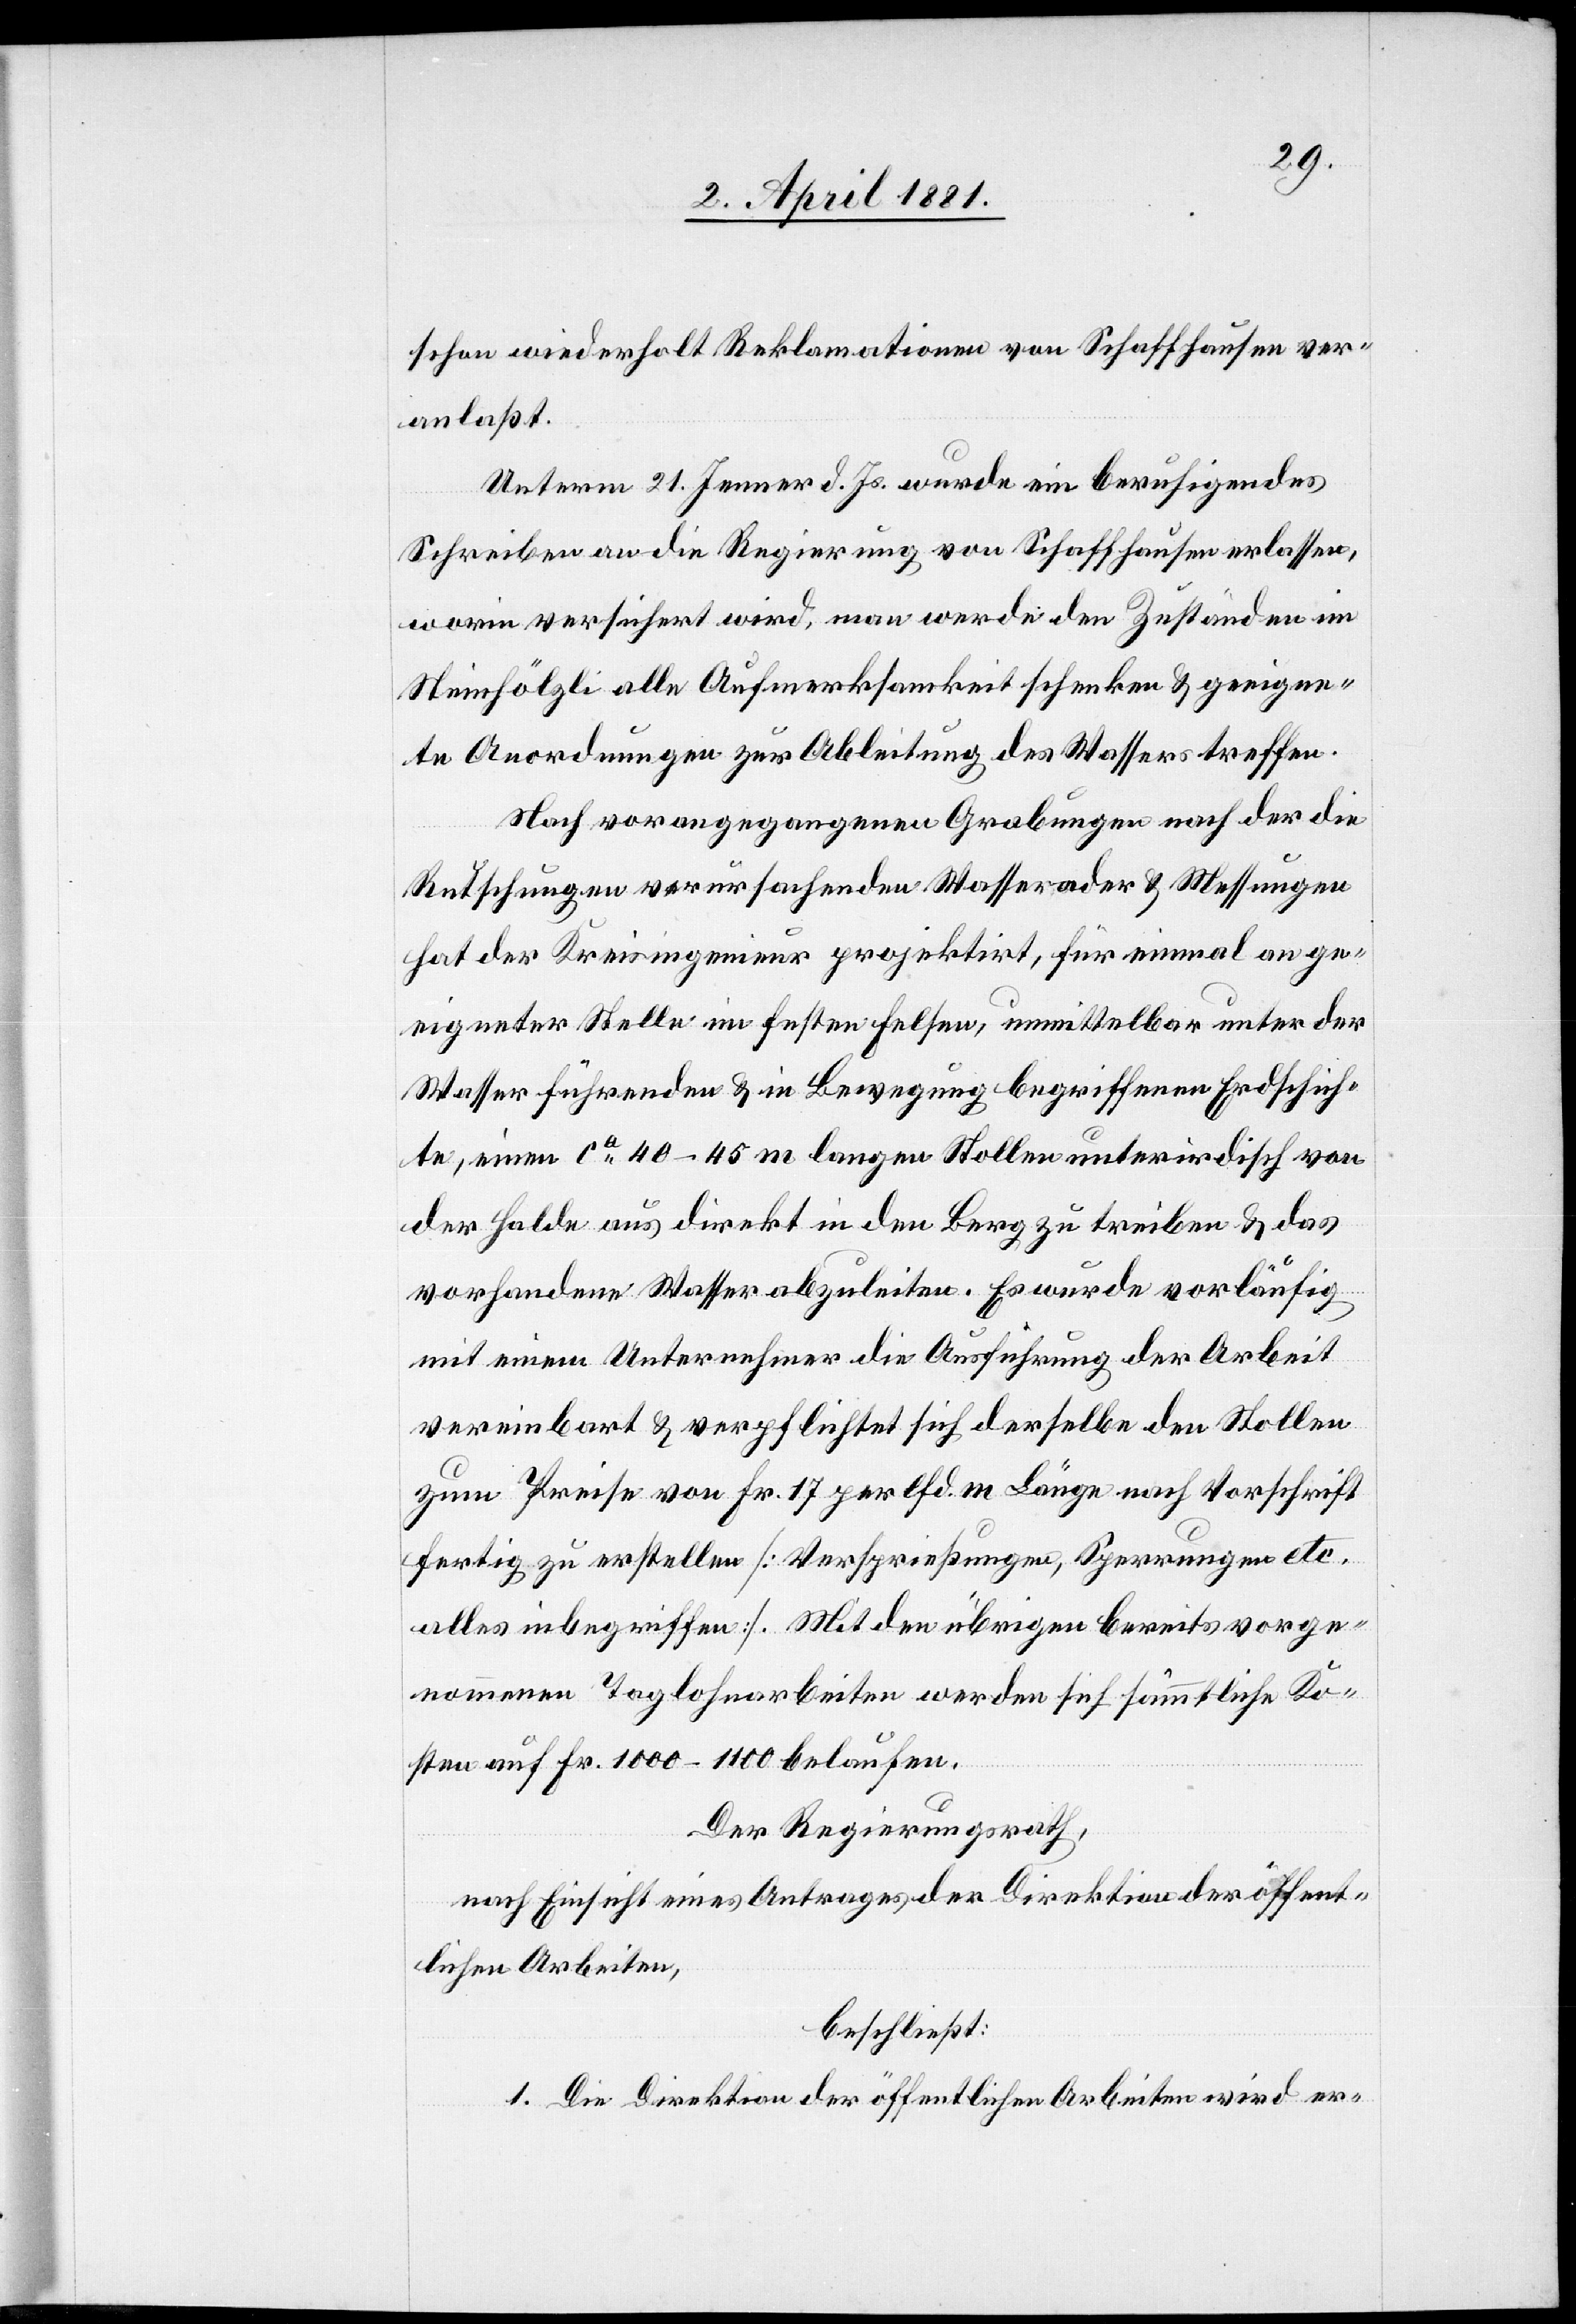
schon wiederholt Reklamationen von Schaffhausen ver¬
anlaßt.
Unterm 21. Jenner d. Js. wurde ein beruhigendes
Schreiben an die Regierung von Schaffhausen erlassen,
worin versichert wird, man werde den Zuständen im
Steinhölzli alle Aufmerksamkeit schenken & geeigne¬
te Anordnungen zur Ableitung des Wassers treffen.
Nach vorangegangenen Grabungen nach der die
Rutschungen verursachenden Wasserader & Messungen
hat der Kreisingenieur projektirt, für einmal an ge¬
eigneter Stelle im festen Felsen, unmittelbar unter der
Wasser führenden & in Bewegung begriffenen Erdschich¬
te, einen ca 40–45 m langen Stollen unterirdisch von
der Halde aus direkt in den Berg zu treiben & das
vorhandene Wasser abzuleiten. Es wurde vorläufig
mit einem Unternehmer die Ausführung der Arbeit
vereinbart & verpflichtet sich derselbe den Stollen
zum Preise von Fr. 17 per lfd. m Länge nach Vorschrift
fertig zu erstellen [Versprießungen, Sperrungen etc.
alles inbegriffen]. Mit den übrigen bereits vorge¬
nommenen Taglohnarbeitern werden sich sämmtliche Ko¬
sten auf Fr. 1000–1100 belaufen.
Der Regierungsrath,
nach Einsicht eines Antrages der Direktion der öffent¬
lichen Arbeiten,
beschließt:
1. Die Direktion der öffentlichen Arbeiten wird er-